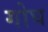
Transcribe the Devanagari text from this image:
गोघ